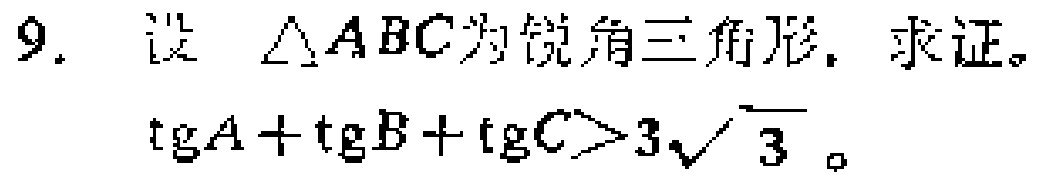
9. 设 $\triangle ABC$ 为锐角三角形，求证。

$\text{tg}A + \text{tg}B + \text{tg}C>3\sqrt{3}$。